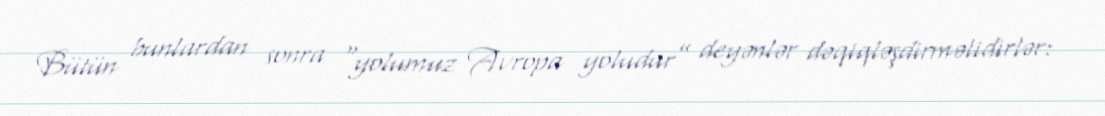
Bütün bunlardan sonra “yolumuz Avropa yoludur” deyənlər dəqiqləşdirməlidirlər: